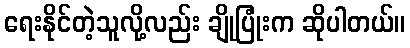
ရေးနိုင်တဲ့သူလို့လည်း ချိုပြုံးက ဆိုပါတယ်။